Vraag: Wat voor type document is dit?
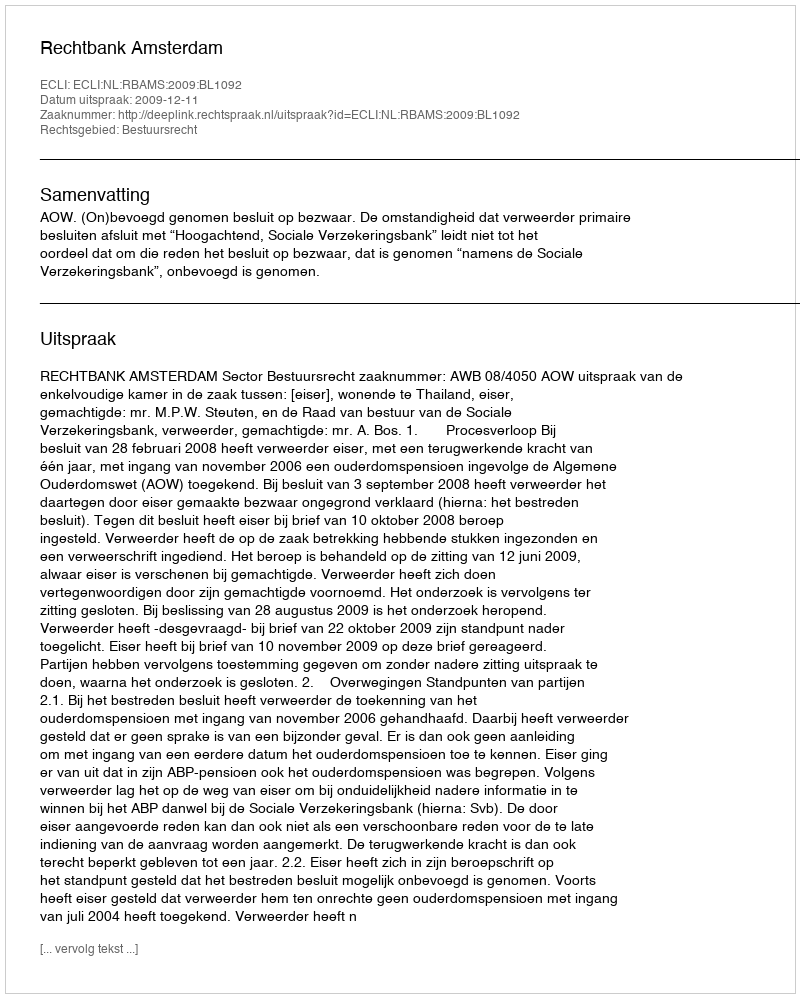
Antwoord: Uitspraak